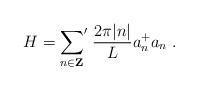
\begin{align*}H= {\sum_{n\in{\bf Z}}}'\;\frac{2\pi |n|}{L} a_{n}^{+}a_{n}\;.\end{align*}